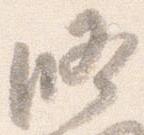
修